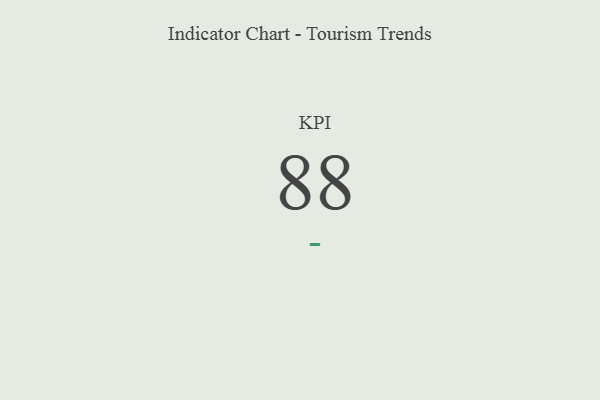
{"axis": {"x": "KPI", "y": "Value"}, "legend": [""], "data": [{"x": "KPI", "y": 88, "type": ""}]}